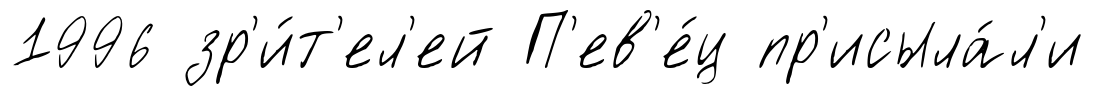
1996 зр'и́т'ел'ей П'ев'е́ц пр'исыла́л'и